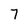
Character: 7